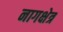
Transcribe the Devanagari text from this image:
नागक्षेत्र